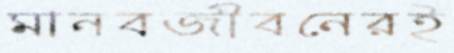
মানবজীবনেরই